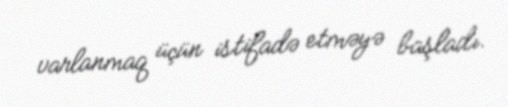
varlanmaq üçün istifadə etməyə başladı.